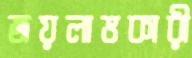
জয়লাভকারী